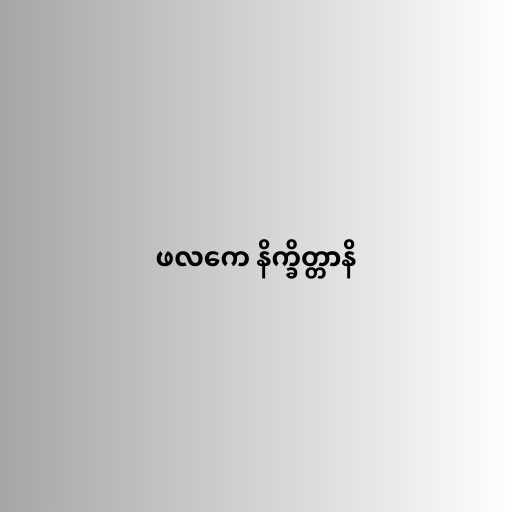
ဖလကေ နိက္ခိတ္တာနိ